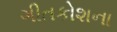
ગીતકોશના